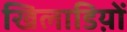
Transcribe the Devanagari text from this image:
खिलाडिय़ों